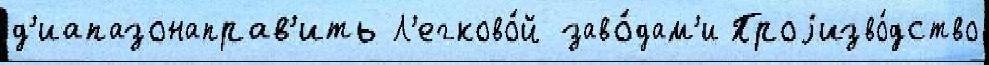
д'иапазонаправ'ить Л'егково́й заво́дам'и Проjизво́дство